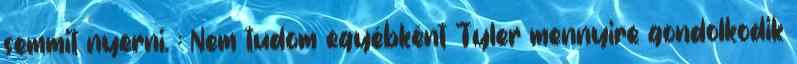
semmit nyerni. : Nem tudom egyébként Tyler mennyire gondolkodik